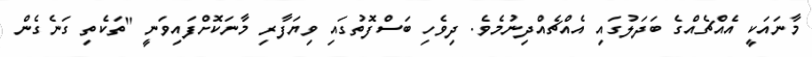
މާނައަކީ އެއްޗެއްގެ ބަދަލުގައި އެއްޗެއްދިނުމެވެ. ދިވެހި ބަސްފޮތުގައި ވިޔަފާރި މާނަކޮށްފައިވަނީ "ތަކެތި ގަނެގެން